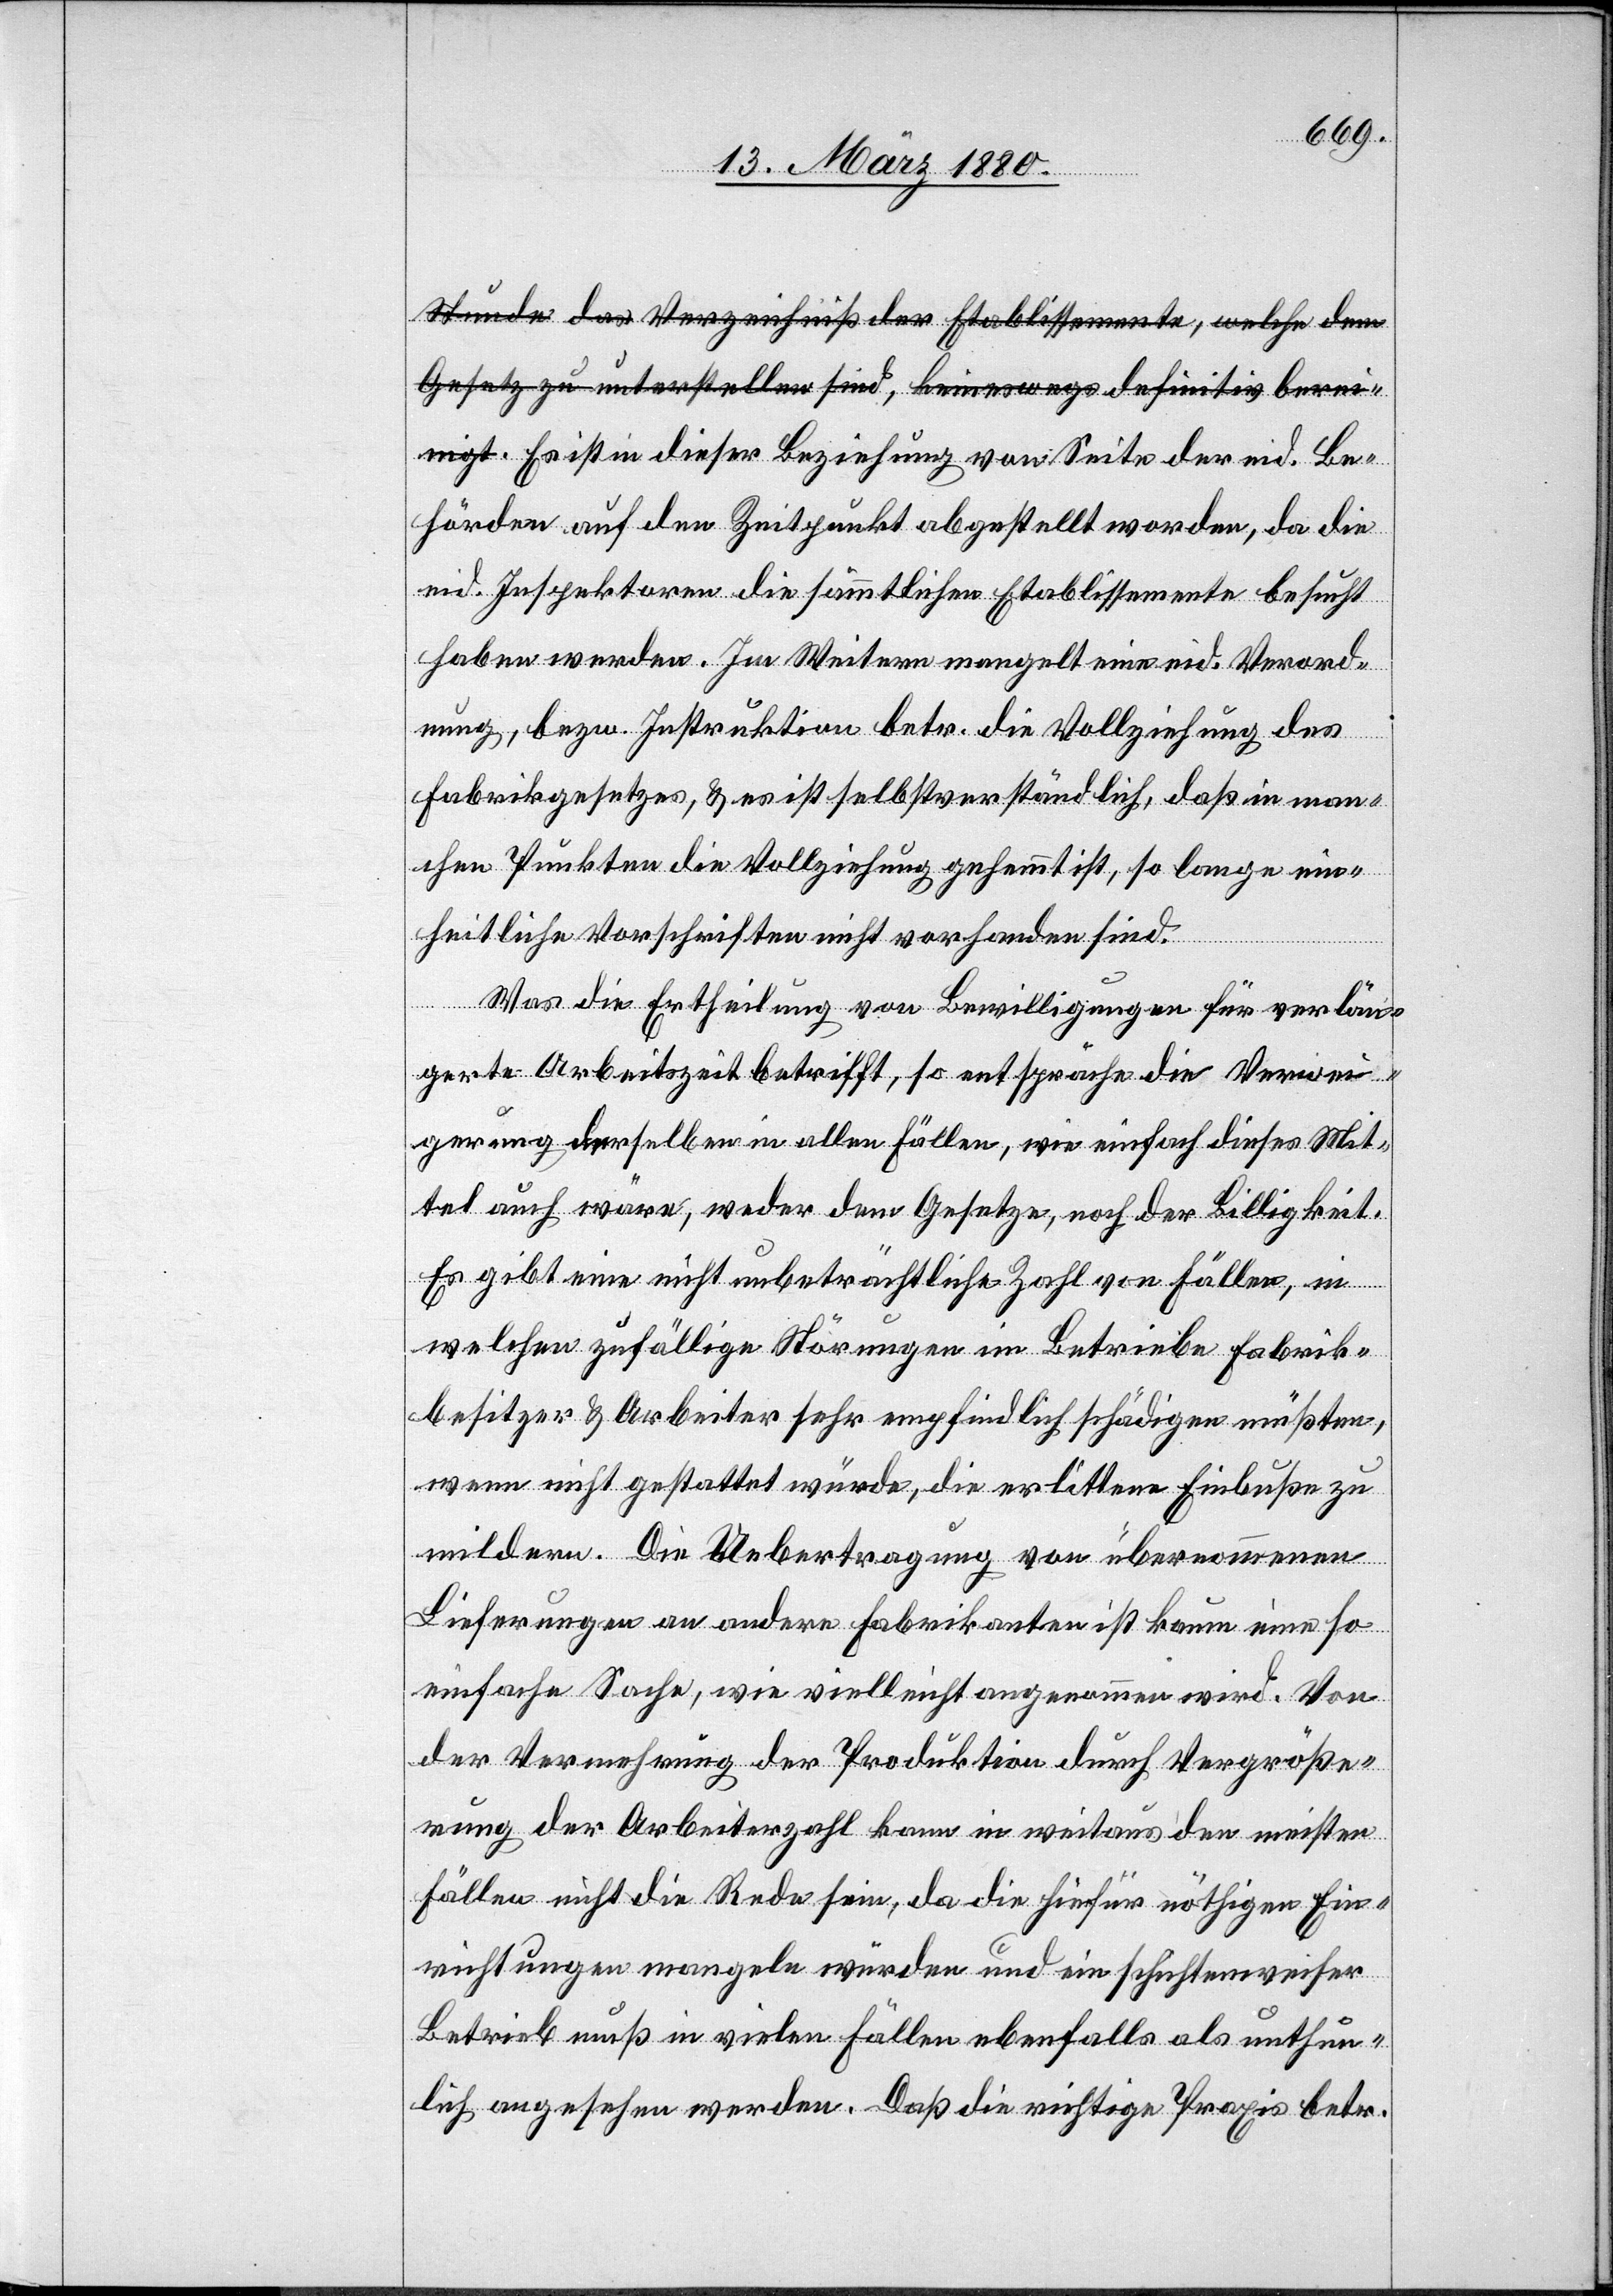
Stunde das Verzeichniß der Etablissemente, welche dem
Gesetz zu unterstellen sind, keineswegs definitiv berei¬
nigt.-a Es ist in dieser Beziehung von Seite der eid. Be¬
hörden auf den Zeitpunkt abgestellt worden, da die
eid. Inspektoren die sämmtlichen Etablissemente besucht
haben werden. Im Weitern mangelt eine eid. Verord¬
nung, bezw. Instruktion betr. die Vollziehung des
Fabrikgesetzes, & es ist selbstverständlich, daß in man¬
chen Punkten die Vollziehung gehemmt ist, so lange ein¬
heitliche Vorschriften nicht vorhanden sind.
Was die Ertheilung von Bewilligungen für verlän¬
gerte Arbeitszeit betrifft, so entspräche die Verwei¬
gerung derselben in allen Fällen, wie einfach dieses Mit¬
tel auch wäre, weder dem Gesetze, noch der Billigkeit.
Es gibt eine nicht unbeträchtliche Zahl von Fällen, in
welchen zufällige Störungen im Betriebe Fabrik¬
besitzer & Arbeiter sehr empfindlich schädigen müßten,
wenn nicht gestattet würde, die erlittene Einbuße zu
mildern. Die Uebertragung von übernommenen
Lieferungen an andere Fabrikanten ist kaum eine so
einfache Sache, wie vielleicht angenommen wird. Von
der Vermehrung der Produktion durch Vergröße¬
rung der Arbeiterzahl kann in weitaus den meisten
Fällen nicht die Rede sein, da die hiefür nöthigen Ein¬
richtungen mangeln würden und ein schichtenweiser
Betrieb muß in vielen Fällen ebenfalls als unthun¬
lich angesehen werden. Daß die richtige Praxis betr.